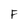
Character: F